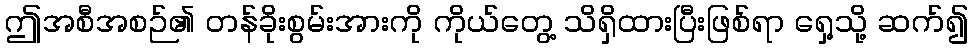
ဤအစီအစဉ်၏ တန်ခိုးစွမ်းအားကို ကိုယ်တွေ့ သိရှိထားပြီးဖြစ်ရာ ရှေ့သို့ ဆက်၍